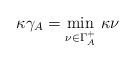
LaTeX: \begin{align*}\kappa\gamma_A=\min_{\nu\in\Gamma_A^+}\,\kappa\nu\end{align*}